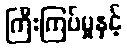
ကြီးကြပ်မှုနှင့်